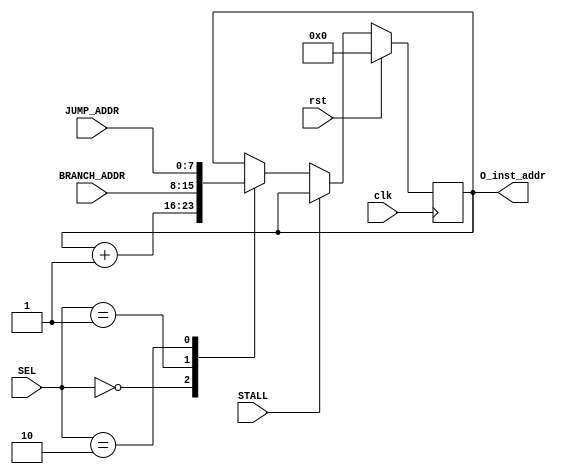
module PC(
	output	 	[7:0] 	O_inst_addr,
	input 				STALL,
	input 		[7:0] 	JUMP_ADDR,
	input		[7:0] 	BRANCH_ADDR,
	input 		[1:0] 	SEL,
	input 				rst,
	input 				clk);

	reg 		[7:0] 	pc_out;
 
always @(posedge clk)
	if(rst)
		pc_out <= 0;
	else if (STALL)
		pc_out <= pc_out;
	else
		case (SEL)
			2'b00: 	pc_out <= pc_out + 1;
			2'b01: 	pc_out <= BRANCH_ADDR;
			2'b10:	pc_out <= JUMP_ADDR;
		endcase

assign O_inst_addr = pc_out;
endmodule